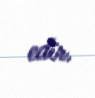
edir.